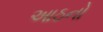
આઠનો